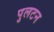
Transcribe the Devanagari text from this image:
पुलटन